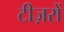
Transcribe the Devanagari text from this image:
टीज़रों